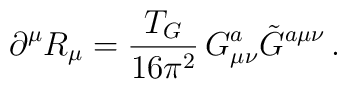
\partial^\mu R_\mu = \frac{T_G }{16\pi^2}\,  G_{\mu\nu}^a\tilde{G}^{a \mu\nu}\, .